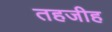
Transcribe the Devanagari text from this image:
तहजीह